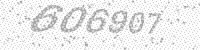
Solution: 606907